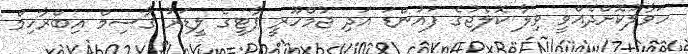
ހަވާލުކޮށްދެއްވީ ވިލާ ކޮލެޖުގެ ފައުންޑަ އަދި ޖުމްހޫރީ ޕާޓީގެ ލީޑަރު ގާސިމް އިބްރާހިމް